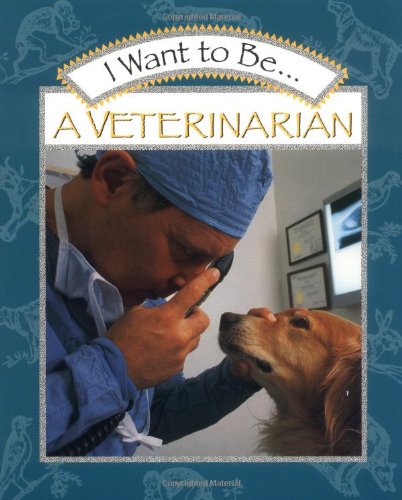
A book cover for I Want to Be a Veterinarian; Stephanie Maze; Children's Books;